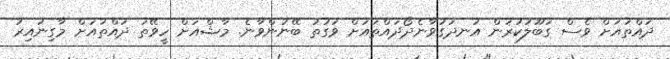
ދައްތައަށް ވެސް ގަބޫލުކުރަން އުނދަގުވާނެދޯދައްތައަށް ވަގުތު ބޭނުންވާނެ. މާޝްއަށް ހީވޭތަ ދައްތައަށް މާގިނައިރު